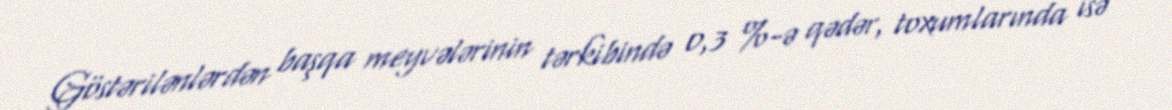
Göstərilənlərdən başqa meyvələrinin tərkibində 0,3 %-ə qədər, toxumlarında isə